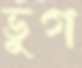
ভুগ